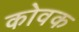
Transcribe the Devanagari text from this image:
कोवक